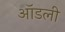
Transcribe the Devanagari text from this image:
ऑडली